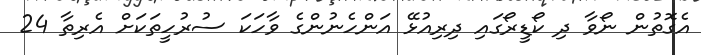
އެގޮތުން ނޯވާ ދި ކޯޑީރޯގައި ދިރިއުޅޭ އަންހެނުންގެ ވާހަކަ ސުރުހީތަކަށް އެރިތާ 24